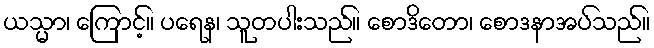
ယသ္မာ၊ ကြောင့်။ ပရေန၊ သူတပါးသည်။ စောဒိတော၊ စောဒနာအပ်သည်။